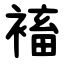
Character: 䙒